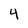
Character: 4